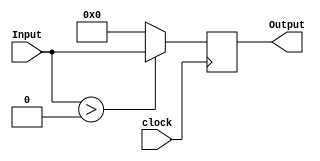
module pc(Input,Output,clock);
	input [15:0] Input;
	input clock;
	output reg [15:0] Output;
	
	always@(posedge clock)
		if(Input>16'b0)
			begin
				Output=Input;
			end
	
		else	
			begin
				Output=16'b0;
			end

endmodule

module Test_PC;
	reg  [15:0] Input;
	reg clock;
	wire [15:0] Output;
	
	initial 
		clock=1'b0;
		
	always
		#5 clock=~clock;
	
	initial
		#1000 $finish;
		
	pc mypc(Input,Output,clock);
	

	initial
		begin
			    
			#10 $display("Input = %b Output=%b",Input,Output);
			
			#5 Input=16'b0000000000000101;    
			#10 $display("Input = %b Output=%b",Input,Output);
		end
endmodule